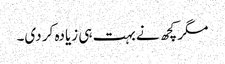
مگر کچھ نے بہت ہی زیادہ کر دی۔